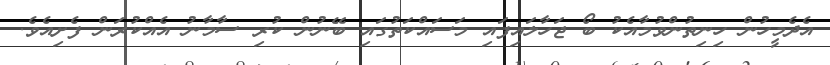
އެދެމީހުން ހިނިތުންވުމާއެކު ބޯ ޖަހާލައިފައި މަސައްކަތުގައި ބޭނުން ކުރި ސާމާނު އެއްކުރަން ފެށިއެވެ.